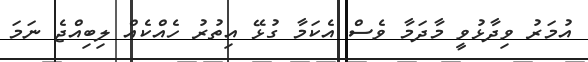
އުމަރު ވިދާޅުވީ މާދަމާ ވެސް އެކަމާ ގުޅޭ އިތުރު ހެއްކެއް ލިބިއްޖެ ނަމަ